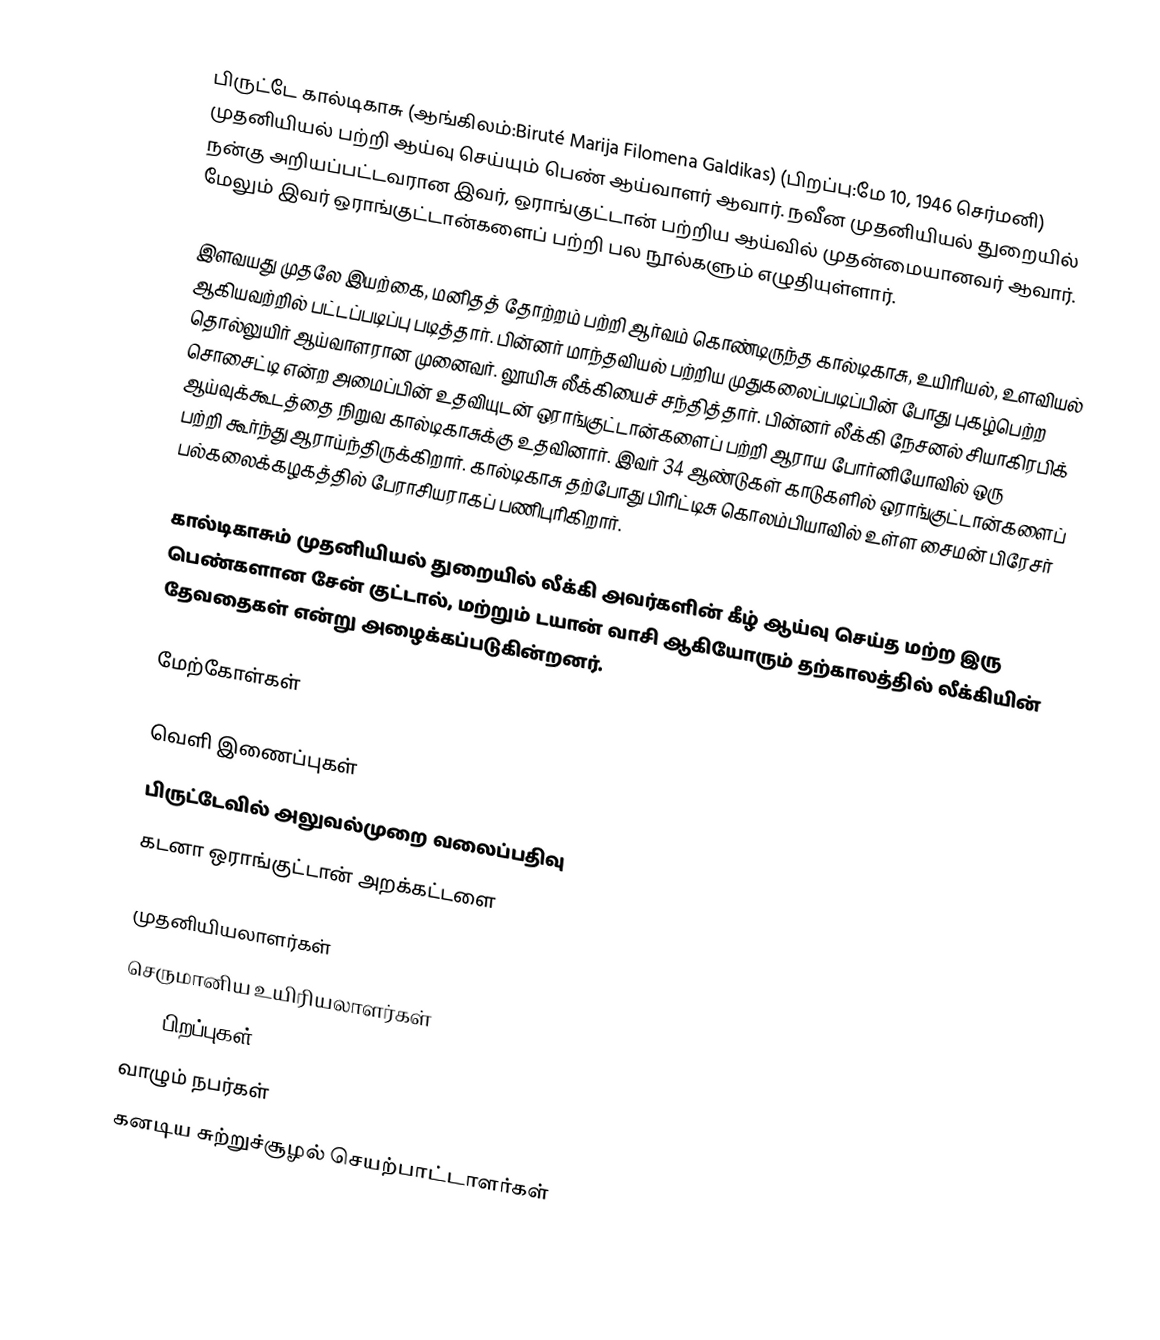
பிருட்டே கால்டிகாசு (ஆங்கிலம்:Biruté Marija Filomena Galdikas) (பிறப்பு:மே 10, 1946 செர்மனி) முதனியியல் பற்றி ஆய்வு செய்யும் பெண் ஆய்வாளர் ஆவார். நவீன முதனியியல் துறையில் நன்கு அறியப்பட்டவரான இவர், ஒராங்குட்டான் பற்றிய ஆய்வில் முதன்மையானவர் ஆவார். மேலும் இவர் ஒராங்குட்டான்களைப் பற்றி பல நூல்களும் எழுதியுள்ளார்.

இளவயது முதலே இயற்கை, மனிதத் தோற்றம் பற்றி ஆர்வம் கொண்டிருந்த கால்டிகாசு, உயிரியல், உளவியல் ஆகியவற்றில் பட்டப்படிப்பு படித்தார். பின்னர் மாந்தவியல் பற்றிய முதுகலைப்படிப்பின் போது புகழ்பெற்ற தொல்லுயிர் ஆய்வாளரான முனைவர். லூயிசு லீக்கியைச் சந்தித்தார். பின்னர் லீக்கி நேசனல் சியாகிரபிக் சொசைட்டி என்ற அமைப்பின் உதவியுடன் ஒராங்குட்டான்களைப் பற்றி ஆராய போர்னியோவில் ஒரு ஆய்வுக்கூடத்தை நிறுவ கால்டிகாசுக்கு உதவினார். இவர் 34 ஆண்டுகள் காடுகளில் ஒராங்குட்டான்களைப் பற்றி கூர்ந்து ஆராய்ந்திருக்கிறார். கால்டிகாசு தற்போது பிரிட்டிசு கொலம்பியாவில் உள்ள சைமன் பிரேசர் பல்கலைக்கழகத்தில் பேராசியராகப் பணிபுரிகிறார்.

கால்டிகாசும் முதனியியல் துறையில் லீக்கி அவர்களின் கீழ் ஆய்வு செய்த மற்ற இரு பெண்களான சேன் குட்டால், மற்றும் டயான் வாசி ஆகியோரும் தற்காலத்தில் லீக்கியின் தேவதைகள் என்று அழைக்கப்படுகின்றனர்.

மேற்கோள்கள்

வெளி இணைப்புகள்
 பிருட்டேவில் அலுவல்முறை வலைப்பதிவு
 கடனா ஒராங்குட்டான் அறக்கட்டளை

முதனியியலாளர்கள்
செருமானிய உயிரியலாளர்கள்
1946 பிறப்புகள்
வாழும் நபர்கள்
கனடிய சுற்றுச்சூழல் செயற்பாட்டாளர்கள்